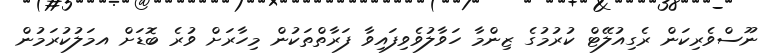
ނޫސްވެރިކަން ރެގިއުލޭޓް ކުރުމުގެ ޒިންމާ ހަވާލުވެވިފައިވާ ފަރާތްތަކުން މިހާރަށް ވުރެ ބޮޑަށް އމަަލުކުރަމުން